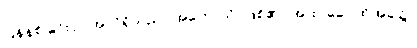
ပြန်နစ်ခြင်းငှာ အလိုရှိသည်။ အဟောသိ၊ ဖြစ်၏။ အထ ခေါ၊ ထိုအခါ၌။